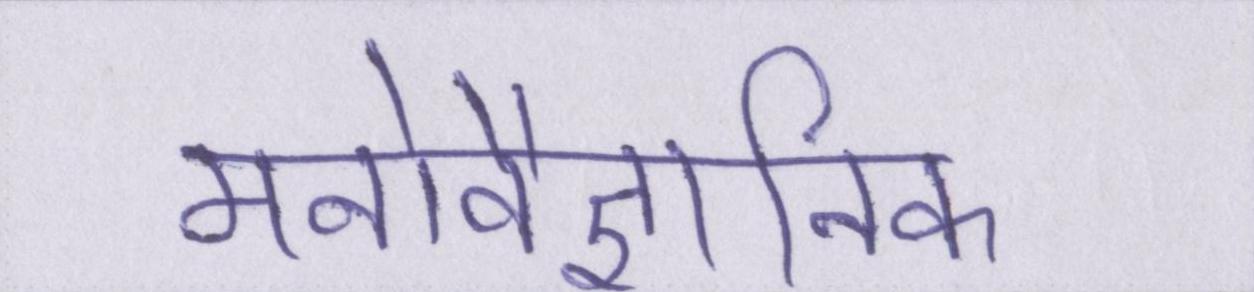
मनोवैज्ञानिक